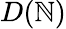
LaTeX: D(\mathbb{N})